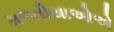
મળતીયાઓએ